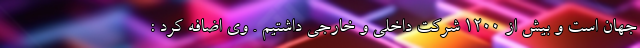
جهان است و بیش از 1200 شرکت داخلی و خارجی داشتیم . وی اضافه کرد :